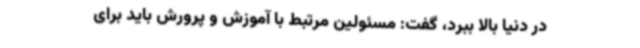
در دنیا بالا ببرد، گفت: مسئولین مرتبط با آموزش و پرورش باید برای